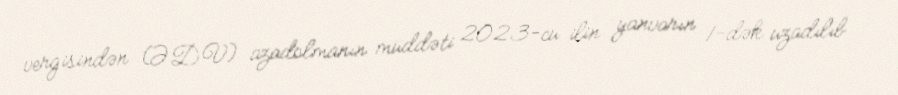
vergisindən (ƏDV) azadolmanın müddəti 2023-cü ilin yanvarın 1-dək uzadılıb.